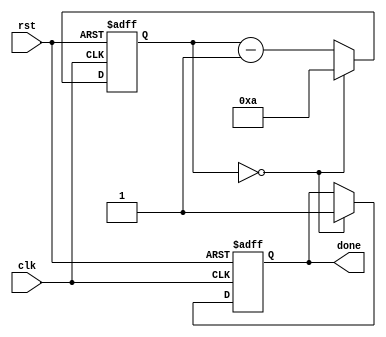
module decremental_for_loop (
    input wire clk,
    input wire rst,
    output reg done
);

reg [7:0] counter;
parameter initial_value = 10;
parameter end_value = 0;
parameter decrement_value = 1;

always @(posedge clk or posedge rst) begin
    if (rst) begin
        counter <= initial_value;
        done <= 0;
    end else begin
        if (counter == end_value) begin
            done <= 1;
            counter <= initial_value;
        end else begin
            counter <= counter - decrement_value;
        end
    end
end

// Insert your set of statements inside the loop here

endmodule